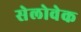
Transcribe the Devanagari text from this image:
सेलोवेक